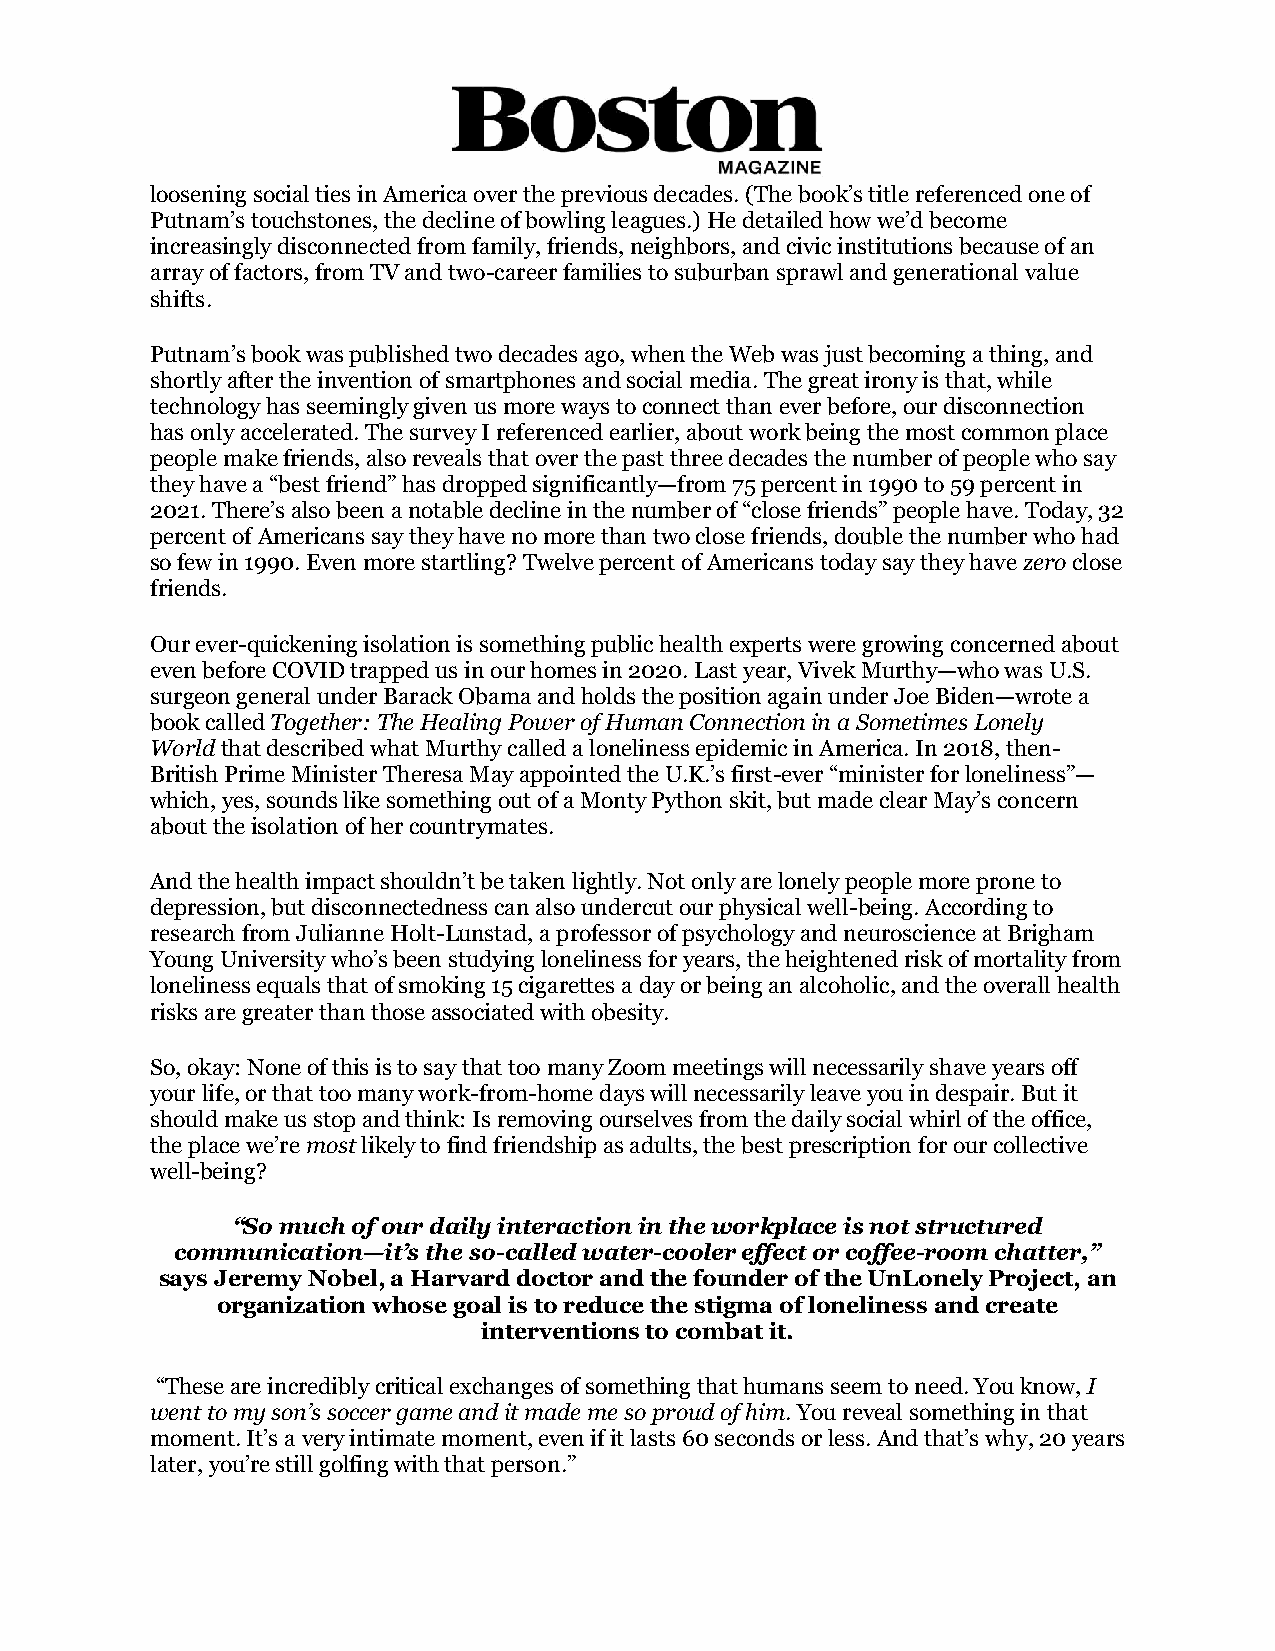
loosening social ties in America over the previous decades. (The book’s title referenced one of
 Putnam’s touchstones, the decline of bowling leagues.) He detailed how we’d become
 increasingly disconnected from family, friends, neighbors, and civic institutions because of an
 array of factors, from TV and two-career families to suburban sprawl and generational value
 shifts.
 Putnam’s book was published two decades ago, when the Web was just becoming a thing, and
 shortly after the invention of smartphones and social media. The great irony is that, while
 technology has seemingly given us more ways to connect than ever before, our disconnection
 has only accelerated. The survey I referenced earlier, about work being the most common place
 people make friends, also reveals that over the past three decades the number of people who say
 they have a “best friend” has dropped significantly—from 75 percent in 1990 to 59 percent in
 2021. There’s also been a notable decline in the number of “close friends” people have. Today, 32
 percent of Americans say they have no more than two close friends, double the number who had
 so few in 1990. Even more startling? Twelve percent of Americans today say they have zero close
 friends.
 Our ever-quickening isolation is something public health experts were growing concerned about
 even before COVID trapped us in our homes in 2020. Last year, Vivek Murthy—who was U.S.
 surgeon general under Barack Obama and holds the position again under Joe Biden—wrote a
 book called Together: The Healing Power of Human Connection in a Sometimes Lonely
 World that described what Murthy called a loneliness epidemic in America. In 2018, then-
 British Prime Minister Theresa May appointed the U.K.’s first-ever “minister for loneliness”—
 which, yes, sounds like something out of a Monty Python skit, but made clear May’s concern
 about the isolation of her countrymates.
 And the health impact shouldn’t be taken lightly. Not only are lonely people more prone to
 depression, but disconnectedness can also undercut our physical well-being. According to
 research from Julianne Holt-Lunstad, a professor of psychology and neuroscience at Brigham
 Young University who’s been studying loneliness for years, the heightened risk of mortality from
 loneliness equals that of smoking 15 cigarettes a day or being an alcoholic, and the overall health
 risks are greater than those associated with obesity.
 So, okay: None of this is to say that too many Zoom meetings will necessarily shave years off
 your life, or that too many work-from-home days will necessarily leave you in despair. But it
 should make us stop and think: Is removing ourselves from the daily social whirl of the office,
 the place we’re most likely to find friendship as adults, the best prescription for our collective
 well-being?
 “So much of our daily interaction in the workplace is not structured
 communication—it’s the so-called water-cooler effect or coffee-room chatter,”
 says Jeremy Nobel, a Harvard doctor and the founder of the UnLonely Project, an
 organization whose goal is to reduce the stigma of loneliness and create
 interventions to combat it.
 “These are incredibly critical exchanges of something that humans seem to need. You know, I
 went to my son’s soccer game and it made me so proud of him. You reveal something in that
 moment. It’s a very intimate moment, even if it lasts 60 seconds or less. And that’s why, 20 years
 later, you’re still golfing with that person.”